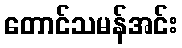
တောင်သမန်အင်း